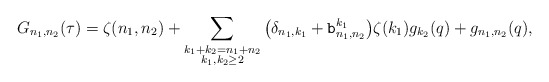
\begin{align*} G_{n_1,n_2}(\tau) = \zeta(n_1,n_2)+\sum_{\substack{k_1+k_2=n_1+n_2\\k_1,k_2\ge2}} \big( \delta_{n_1,k_1} + {\tt b}_{n_1,n_2}^{k_1} \big) \zeta(k_1)g_{k_2}(q) + g_{n_1,n_2}(q),\end{align*}